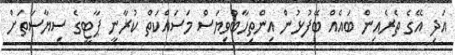
އަދި އޭގެ ތެރެއިން ބައެއް ބޭފުޅުން އިންތިހާބުވިޔަސް މަސައްކަތް ކުރާނީ ޕާޓީގެ ސިޔާސަތަށް